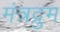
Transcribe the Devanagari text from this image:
मंत्रद्रुम